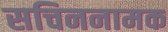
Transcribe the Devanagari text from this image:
सचिननामक